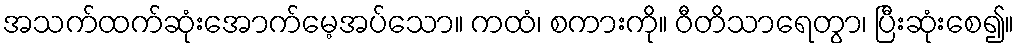
အသက်ထက်ဆုံးအောက်မေ့အပ်သော။ ကထံ၊ စကားကို။ ဝီတိသာရေတွာ၊ ပြီးဆုံးစေ၍။